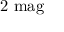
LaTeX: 2 { \mathrm { ~ m a g } }